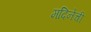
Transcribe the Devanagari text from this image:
मदिनेची